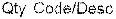
QTY CODE/DESC